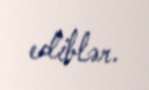
ediblər.